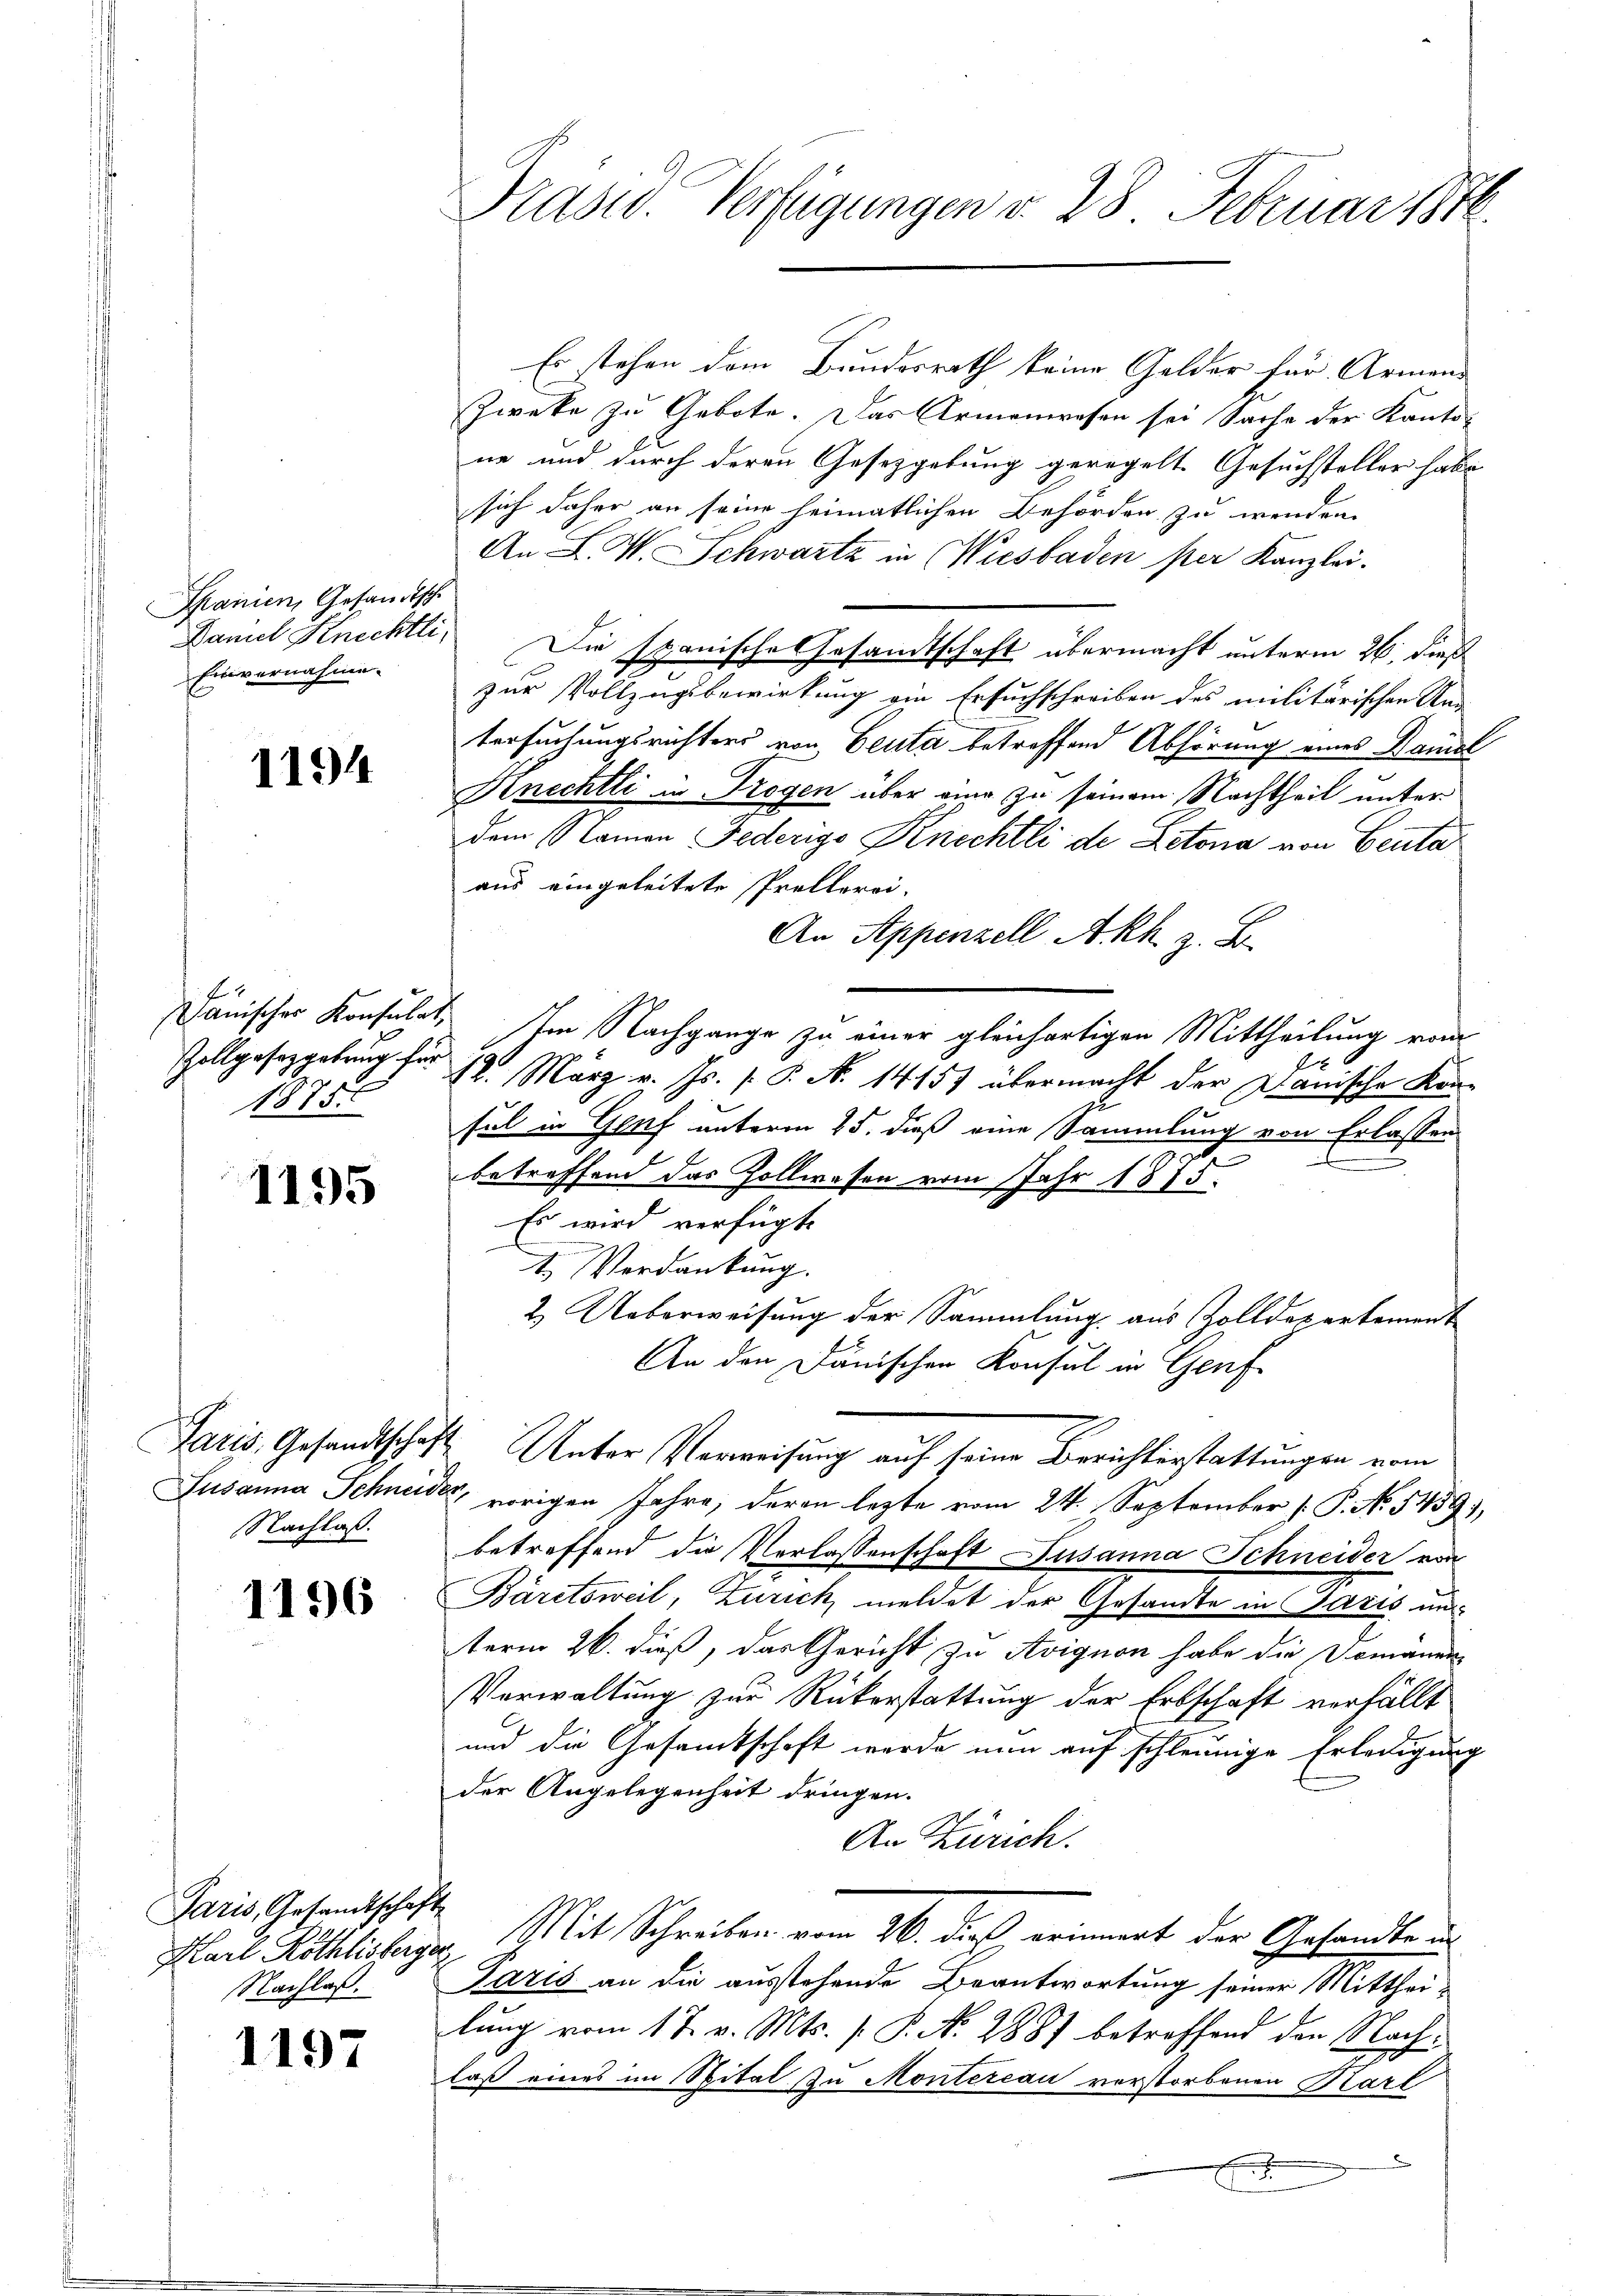
Spanien, Gesandtsche
Daniel Knechtli,
Einvernahme.

1194

Zollgesetzgebung für
1875

1195

Nachlaß.

1196

Paris, Gesandtschaft
Nachlaß.

1197

Präsid. Verfügungen v. 28. Februar 1816.

Es stehen dem Bundesrath keine Gelder für Armen-
Zweke zu Gebote. Das Armenwesen sei Sache der Kantone und durch deren Gesetzgebung geregelt. Gesuchsteller habe
sich daher an seine heimatlichen Behörden zu wenden.
An L. V. Schwartz in Wiesbaden per Kanzlei.
Die spanische Gesandtschaft übermacht unterm 26. dieß
zur Vollzugsbewirkung ein Ersuchschreiben des militärischen Ans
tersuchungsrichters von Leuta betreffend Abhörung eines Kandl
Knechtli in Trogen über eing zu seinem Nachtheil unter
dem Namen Federigo Knechtli de Letona von Leuta
aus eingeleitete Prellerei-
An Appenzell A.Rh. z. B.
dänischer Konsulat Im Nachgange zu einer gleichartigen Mittheilung vom
1
12. März v. Js. f. P. N. 1415) übermacht der Danische Kon-
fel in Genf unterm 25. dieß eine Sammlung von Erlassen
E
betreffend das Zollwesen vom Jahr 1875.
Es wird verfügt,
1. Verdankung.
2. Ueberweisung der Sammlung aus Zolldepartement
An den Janischen Konsul in Genf
Paris, Gesandtschaft Unter Verweisung auf seine Berichterstattungen vom
Susanna Schneider, vorigen Jahre, deren lezte vom 24. September [ P. No. 5459),
betreffend die Verlassenschaft Susanna Schneider von
Bäretsweil, Zürich meldet der Gesandte in Paris und
term 26. dieß, das Gericht zu Avignon habe die Domänen-
Verwaltung zur Rückerstattung der Erbschaft verfällt
und die Gesamtschaft werde nun auf schleunige Erledigung
der Angelegenheit dringen.
An Zürich.
Karl Röthlisberger Mit Schreiben vom 26. dieß, erinnert der Gesandten
Paris an die ausstehende Beantwortung seiner Mitthei-
lung vom 17. v. Mts. [ P. N. 2887 betroffend den Nachlaß eines im Spital zu Montereau verstorbenen Karl
x
x